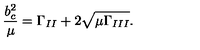
\frac { b _ { c } ^ { 2 } } { \mu } = \Gamma _ { I I } + 2 \sqrt { \mu \Gamma _ { I I I } } .